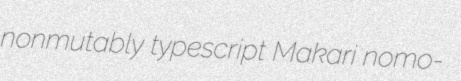
nonmutably typescript Makari nomo-